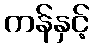
ကန်နှင့်